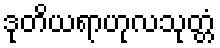
ဒုတိယရာဟုလသုတ္တံ